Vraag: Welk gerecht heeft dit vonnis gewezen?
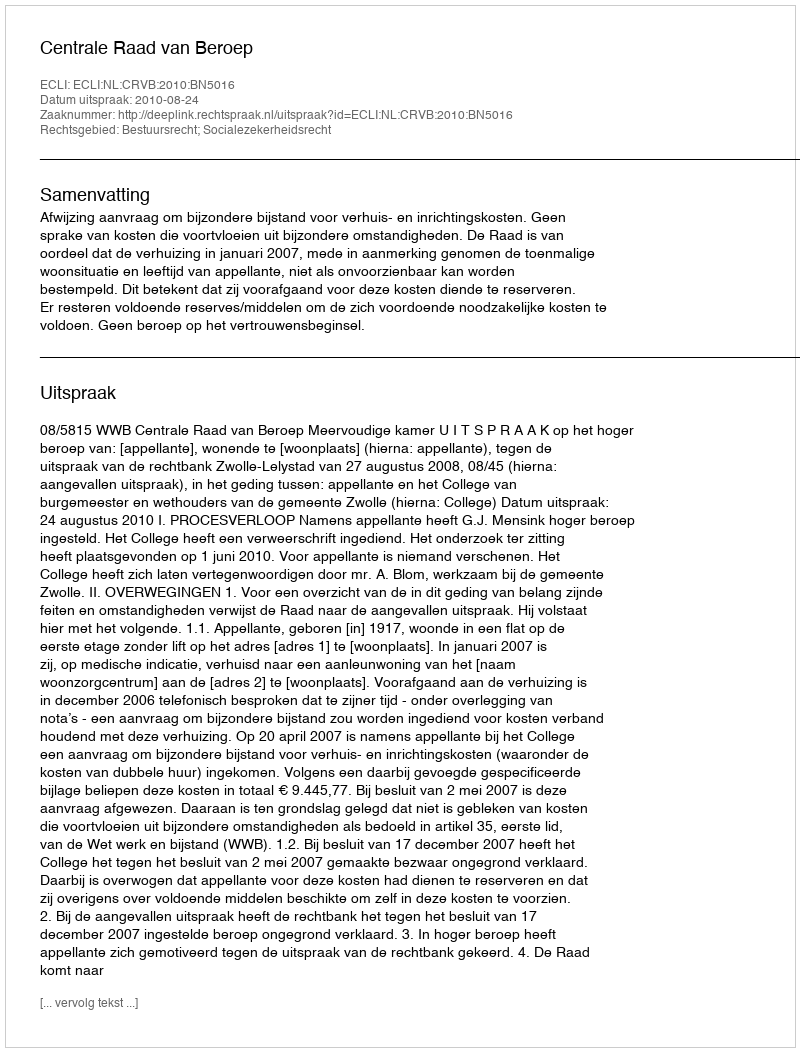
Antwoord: Centrale Raad van Beroep